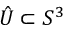
\hat { U } \subset S ^ { 3 }